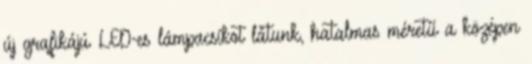
új grafikájú LED-es lámpacsíkot látunk, hatalmas méretű a középen